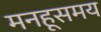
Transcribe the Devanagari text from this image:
मनहूसमय